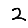
Digit: 2